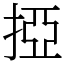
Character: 掗